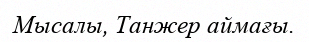
Мысалы, Танжер аймағы.